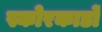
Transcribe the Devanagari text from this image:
स्कोरकार्डों